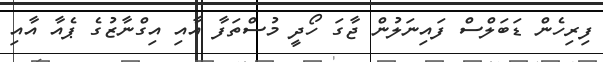
ފިރިހެން ޑަބަލްސް ފައިނަލުން ޖާގަ ހޯދީ މުސްތަފާ އާއި އިގްނާޒުގެ ޕެއާ އާއި